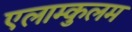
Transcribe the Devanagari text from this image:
एलाम्कुलम